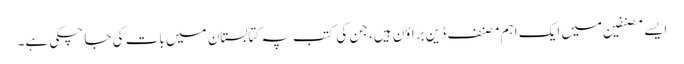
ایسے مصنفین میں ایک اہم مصنف ڈین براؤن ہیں، جن کی کتب پہ کتابستان میں بات کی جا چکی ہے۔